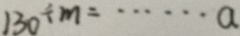
1 3 0 \div m = \cdots a